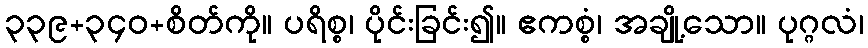
၃၃၉+၃၄၀+စိတ်ကို။ ပရိစ္စ၊ ပိုင်းခြင်း၍။ ဧကစ္စံ၊ အချို့သော။ ပုဂ္ဂလံ၊